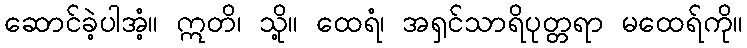
ဆောင်ခဲ့ပါအံ့။ ဣတိ၊ သို့။ ထေရံ၊ အရှင်သာရိပုတ္တရာ မထေရ်ကို။